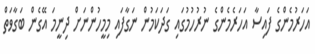
އަހަރުމެންގެ ފައިސާ އަހަރެމެންގެ ނުރުހުމުގައި ގަދަކަމުން ނަގާފައި މިމީހުންނަށް ދިނީމަ އޭގެން ބަގާވަތް